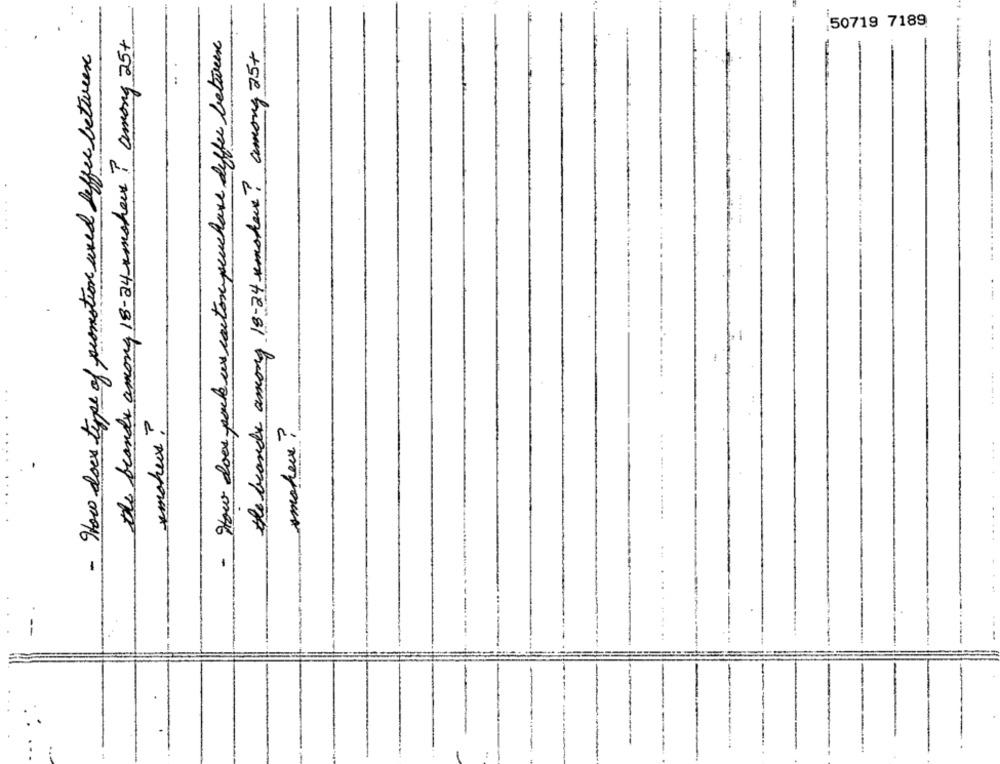
50719 7189
the brands among 18-24 mohou ! among 25+
How does pack us cartone purchase differ between
- How does type of promotion used siffer between
the brands among 18-24 umshaus? among 25+
..
.... ..
---
1
....
*mohux?
mmoheux ?
-